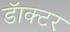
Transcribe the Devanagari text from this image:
डॅाक्टर